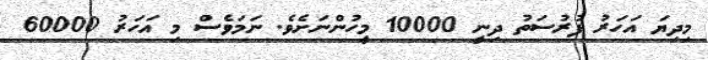
މިދިޔަ އަހަރު ފުރުސަތު ދިނީ 10000 މީހުންނަށެވެ. ނަމަވެސް މި އަހަރު 60000